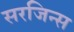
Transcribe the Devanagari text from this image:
सरजिन्स